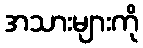
အသားများကို